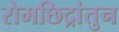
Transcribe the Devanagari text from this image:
रोमछिद्रांतुन